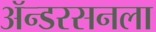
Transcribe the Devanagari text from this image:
ॲन्डरसनला